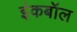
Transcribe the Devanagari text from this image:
इंकबॉल